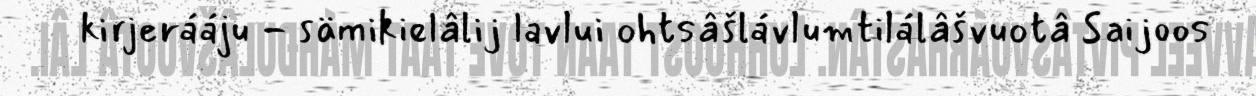
kirjerááju - sämikielâlij lavlui ohtsâšlávlumtilálâšvuotâ Saijoos